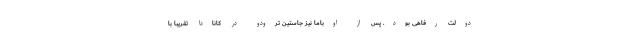
دولت رفاهی بود. پس از اوباما نیز جاستین ترودو در کانادا تقریبا با